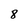
Character: 8